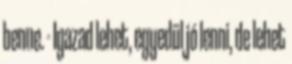
benne. - Igazad lehet, egyedül jó lenni, de lehet